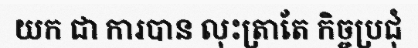
យក ជា ការបាន លុះត្រាតែ កិច្ចប្រជុំ